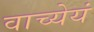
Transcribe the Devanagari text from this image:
वाच्येयं